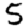
Digit: 5